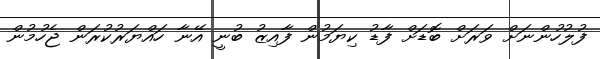
ފުލުހުންނަށް ވަރަށް ބޮޑަށް ފާޑު ކިޔަމުން ފާއިޒު ބުނީ އޭނާ ހައްޔަރުކުރަން ޖެހުމުން